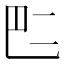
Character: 𠄧